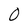
Character: 0